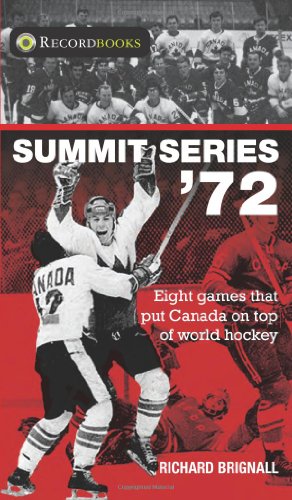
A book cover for Summit Series '72 (Lorimer Recordbooks); Richard Brignall; Teen & Young Adult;